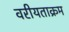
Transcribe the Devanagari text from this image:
वरीयताक्रम